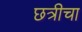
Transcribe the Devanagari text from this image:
छत्रीचा